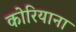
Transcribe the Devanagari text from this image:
कोरियाना